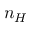
n _ { H }